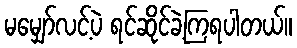
မမျှော်လင့်ပဲ ရင်ဆိုင်ခဲ့ကြရပါတယ်။